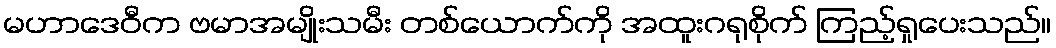
မဟာဒေဝီက ဗမာအမျိုးသမီး တစ်ယောက်ကို အထူးဂရုစိုက် ကြည့်ရှုပေးသည်။